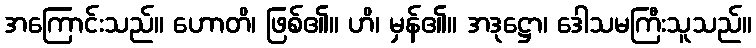
အကြောင်းသည်။ ဟောတိ၊ ဖြစ်၏။ ဟိ၊ မှန်၏။ အဒုဋ္ဌော၊ ဒေါသမကြီးသူသည်။